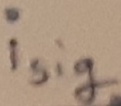
Text: isig